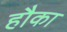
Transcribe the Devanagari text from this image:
हौका